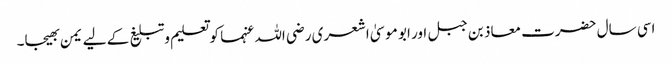
اسی سال حضرت معاذ بن جبل اور ابو موسیٰ اشعری رضی اللہ عنہما کو تعلیم وتبلیغ کے لیے یمن بھیجا۔